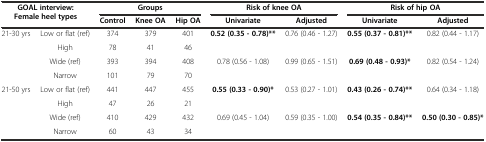
<table><thead><tr><td rowspan="2" colspan="2"><b>GOAL interview: Female heel types</b></td><td colspan="3"><b>Groups</b></td><td colspan="2"><b>Risk of knee OA</b></td><td colspan="2"><b>Risk of hip OA</b></td></tr><tr><td><b>Control</b></td><td><b>Knee OA</b></td><td><b>Hip OA</b></td><td><b>Univariate</b></td><td><b>Adjusted</b></td><td><b>Univariate</b></td><td><b>Adjusted</b></td></tr></thead><tbody><tr><td rowspan="4">21-30 yrs</td><td>Low or flat (ref)</td><td>374</td><td>379</td><td>401</td><td rowspan="2"><b>0.52 (0.35 - 0.78)**</b></td><td rowspan="2">0.76 (0.46 - 1.27)</td><td rowspan="2"><b>0.55 (0.37 - 0.81)**</b></td><td rowspan="2">0.82 (0.44 - 1.17)</td></tr><tr><td>High</td><td>78</td><td>41</td><td>46</td></tr><tr><td>Wide (ref)</td><td>393</td><td>394</td><td>408</td><td rowspan="2">0.78 (0.56 - 1.08)</td><td rowspan="2">0.99 (0.65 - 1.51)</td><td rowspan="2"><b>0.69 (0.48 - 0.93)*</b></td><td rowspan="2">0.82 (0.54 - 1.24)</td></tr><tr><td>Narrow</td><td>101</td><td>79</td><td>70</td></tr><tr><td rowspan="4">21-50 yrs</td><td>Low or flat (ref)</td><td>441</td><td>447</td><td>455</td><td rowspan="2"><b>0.55 (0.33 - 0.90)*</b></td><td rowspan="2">0.53 (0.27 - 1.01)</td><td rowspan="2"><b>0.43 (0.26 - 0.74)**</b></td><td rowspan="2">0.64 (0.34 - 1.18)</td></tr><tr><td>High</td><td>47</td><td>26</td><td>21</td></tr><tr><td>Wide (ref)</td><td>410</td><td>429</td><td>432</td><td rowspan="2">0.69 (0.45 - 1.04)</td><td rowspan="2">0.59 (0.35 - 1.00)</td><td rowspan="2"><b>0.54 (0.35 - 0.84)**</b></td><td rowspan="2"><b>0.50 (0.30 - 0.85)*</b></td></tr><tr><td>Narrow</td><td>60</td><td>43</td><td>34</td></tr></tbody></table>